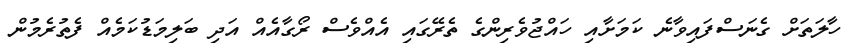
ހާލަތަށް ގެނަސްފައިވާނެ ކަމަށާއި ހައްޖުވެރިންގެ ތެރޭގައި އެއްވެސް ރޯގާއެއް އަދި ބަލިމަޑުކަމެއް ފެތުރެމުން